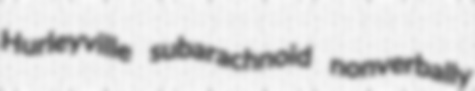
Hurleyville subarachnoid nonverbally